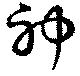
神